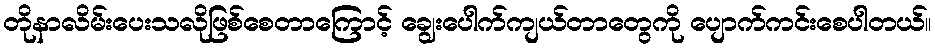
တိုနာလိမ်းပေးသလိုဖြစ်စေတာကြောင့် ချွေးပေါက်ကျယ်တာတွေကို ပျောက်ကင်းစေပါတယ်။